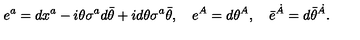
e ^ { a } = d x ^ { a } - i \theta \sigma ^ { a } d \bar { \theta } + i d \theta \sigma ^ { a } \bar { \theta } , \quad e ^ { A } = d \theta ^ { A } , \quad \bar { e } ^ { \dot { A } } = d \bar { \theta } ^ { \dot { A } } .